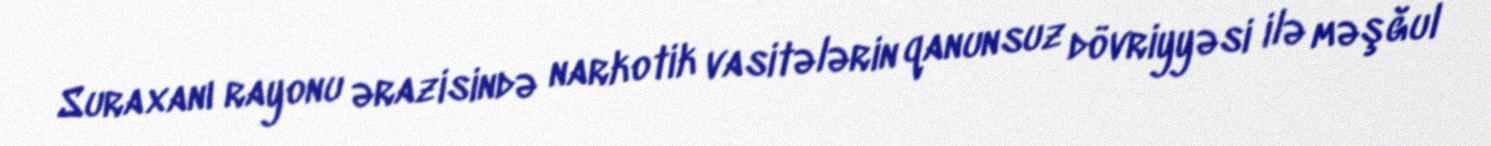
Suraxanı rayonu ərazisində narkotik vasitələrin qanunsuz dövriyyəsi ilə məşğul